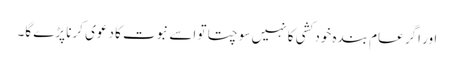
اور اگر عام بندہ خود کشی کا نہیں سوچتا تو اسے نبوت کا دعوی کرنا پڑے گا۔